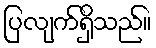
ပြလျက်ရှိသည်။